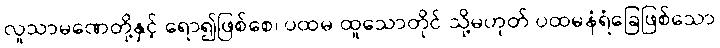
လူသာမဏေတို့နှင့် ရော၍ဖြစ်စေ၊ ပထမ ထူသောတိုင် သို့မဟုတ် ပထမနံရံခြေဖြစ်သော